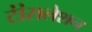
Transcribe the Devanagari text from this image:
टांंसलेशन